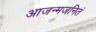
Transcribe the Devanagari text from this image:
आजन्मजनितं